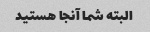
البته شما آنجا هستید